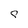
Character: g